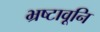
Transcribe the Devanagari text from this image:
भ्रष्टावूनि